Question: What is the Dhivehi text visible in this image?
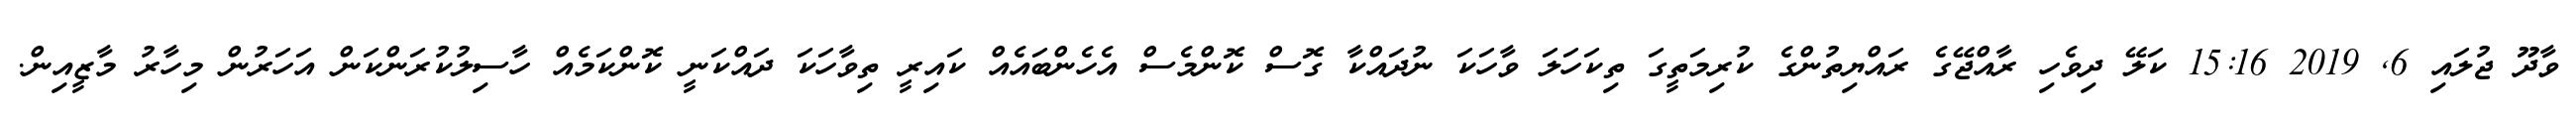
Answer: ވާދޫ ޖުލައި 6, 2019 15:16 ކަލޭ ދިވެހި ރާއްޖޭގެ ރައްޔިތުންގެ ކުރިމަތީގަ ތިކަހަލަ ވާހަކަ ނުދައްކާ ގޮސް ކޮންމެސް އެހެންބައެއް ކައިރީ ތިވާހަކަ ދައްކަނީ ކޮންކަމެއް ހާސިލުކުރަންކަން އަހަރުން މިހާރު މާޒީއިން.